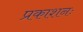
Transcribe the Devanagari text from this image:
प्रकाशनः